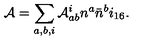
{ \cal A } = \sum _ { a , b , i } { \cal A } _ { a b } ^ { i } n ^ { a } { \bar { n } } ^ { b } i _ { 1 6 } .